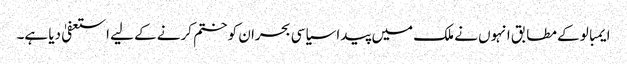
ایمبالو کے مطابق انہوں نے ملک میں پیدا سیاسی بحران کو ختم کرنے کے لیے استعفیٰ دیا ہے۔